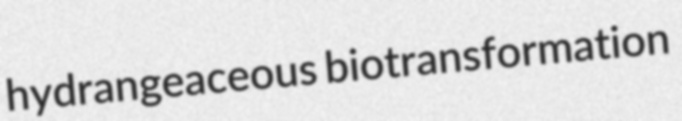
hydrangeaceous biotransformation